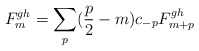
\begin{align*}F_{m}^{gh} = \sum_{p} ( \frac{p}{2} -m ) c_{-p} F_{m+p}^{gh}\end{align*}